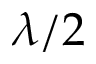
\lambda / 2